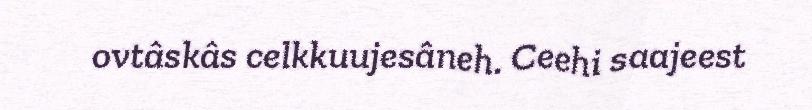
ovtâskâs celkkuujesâneh. Ceehi saajeest